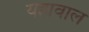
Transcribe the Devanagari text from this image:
यहावाल